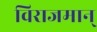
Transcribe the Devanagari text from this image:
विराजमान्‌